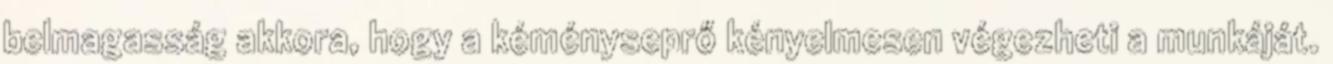
belmagasság akkora, hogy a kéményseprő kényelmesen végezheti a munkáját.